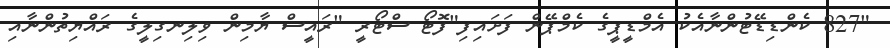
"827 ކެންޑިޑޭޓުންނާއެކު އެމްޑީޕީގެ ކެމްޕޭން ފަށައިފި"ފޮޓޯ ސްޓޯރީ "ރައީސް ޔާމިން ވިލިނގިލީގެ ރައްޔިތުންނާއި